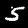
Label: 5